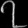
Digit: ၇